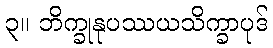
၃။ ဘိက္ခုနုပဿယသိက္ခာပုဒ်